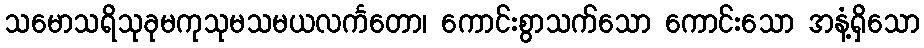
သမောသရိသုခုမကုသုမသမယလင်္ကတော၊ ကောင်းစွာသက်သော ကောင်းသော အနံ့ရှိသော